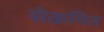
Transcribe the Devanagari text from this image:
सेक्रमित